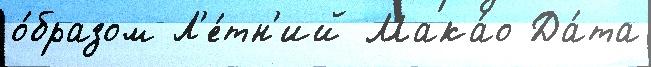
о́бразом Л'е́тн'ий Мака́о Да́та